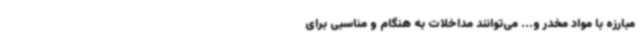
مبارزه با مواد مخدر و... می‌توانند مداخلات به هنگام و مناسبی برای